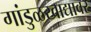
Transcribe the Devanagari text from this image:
गांडुळखाद्यावर